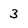
Character: 3